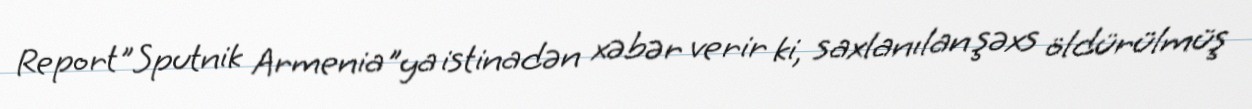
Report"Sputnik Armenia"ya istinadən xəbər verir ki, saxlanılan şəxs öldürülmüş